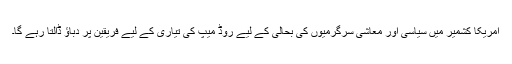
امریکا کشمیر میں سیاسی اور معاشی سرگرمیوں کی بحالی کے لیے روڈ میپ کی تیاری کے لیے فریقین پر دباؤ ڈالتا رہے گا۔